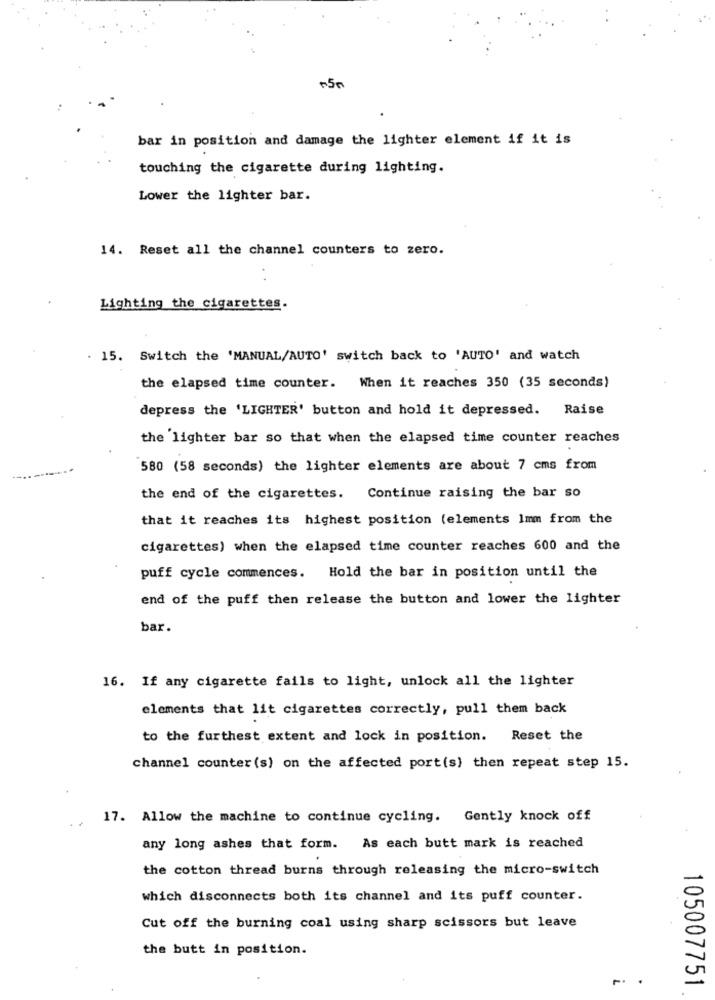
+50
bar in position and damage the lighter element if it is
touching the cigarette during lighting.
Lower the lighter bar.
14. Reset all the channel counters to zero.
Lighting the cigarettes.
. 15. Switch the 'MANUAL/AUTO' switch back to 'AUTO' and watch
the elapsed time counter. When it reaches 350 (35 seconds)
depress the 'LIGHTER' button and hold it depressed.
Raise
the lighter bar so that when the elapsed time counter reaches
580 (58 seconds) the lighter elements are about 7 cms from
the end of the cigarettes. Continue raising the bar so
that it reaches its highest position (elements Imm from the
cigarettes) when the elapsed time counter reaches 600 and the
puff cycle commences. Hold the bar in position until the
end of the puff then release the button and lower the lighter
bar.
16. If any cigarette fails to light, unlock all the lighter
elements that lit cigarettes correctly, pull them back
to the furthest extent and lock in position. Reset the
channel counter (s) on the affected port(s) then repeat step 15.
17. Allow the machine to continue cycling. Gently knock off
any long ashes that form. As each butt mark is reached
the cotton thread burns through releasing the micro-switch
which disconnects both its channel and its puff counter.
Cut off the burning coal using sharp scissors but leave
the butt in position.
105007751